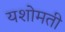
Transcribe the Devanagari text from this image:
यशोमती